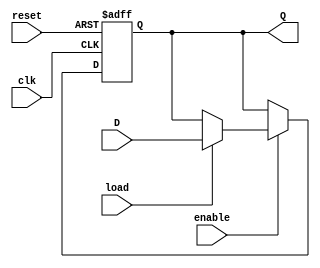
module ControlRegister (
    input wire clk,          // Clock signal
    input wire reset,        // Reset signal
    input wire load,         // Load signal
    input wire enable,       // Enable signal
    input wire [7:0] D,      // Data input (8-bit)
    output reg [7:0] Q       // Data output (8-bit)
);

    // Reset condition: clear the register to zero
    always @(posedge clk or posedge reset) begin
        if (reset) begin
            Q <= 8'b0;       // Clear register on reset
        end else if (enable) begin
            if (load) begin
                Q <= D;      // Load new data into the register
            end
            // If load is not asserted, retain the current value
        end
    end

endmodule